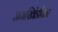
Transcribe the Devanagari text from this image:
जमखिंडीकर